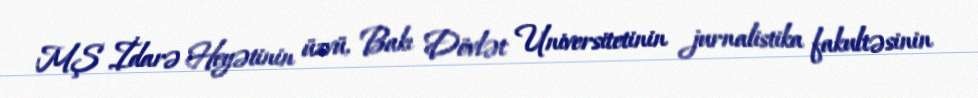
MŞ İdarə Heyətinin üzvü, Bakı Dövlət Universitetinin jurnalistika fakultəsinin